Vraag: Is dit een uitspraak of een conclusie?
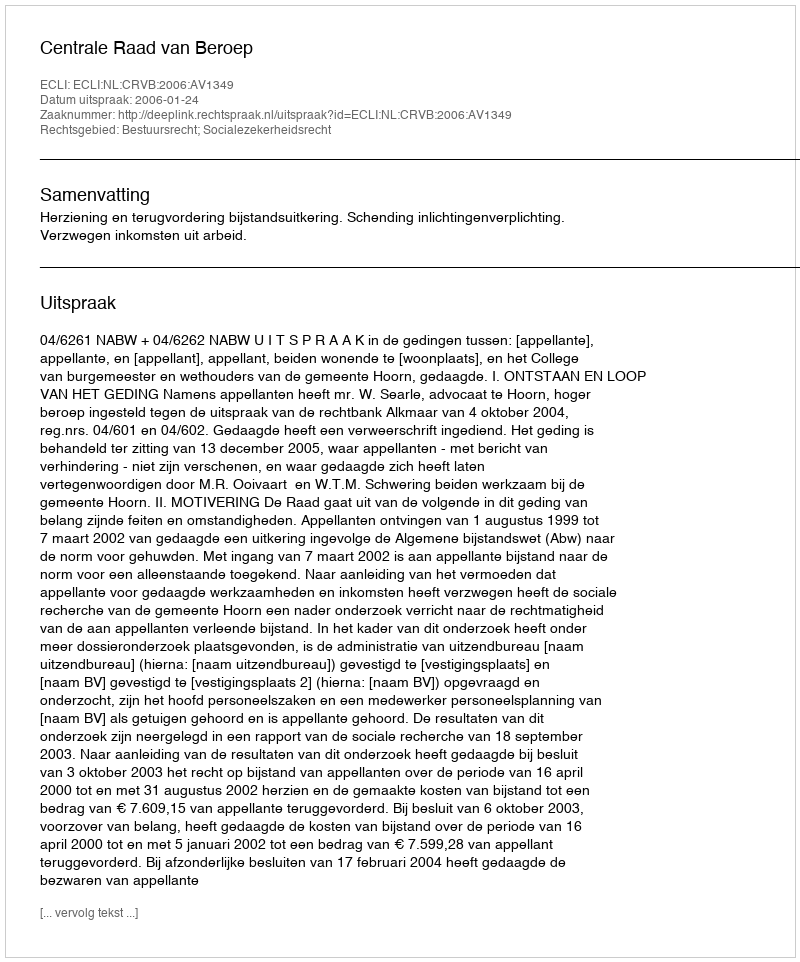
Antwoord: Uitspraak